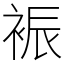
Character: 裖